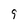
Character: 9